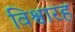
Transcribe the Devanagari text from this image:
विश्वारह